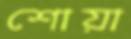
শোয়া